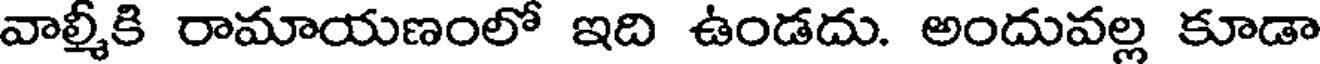
వాల్మీకి రామాయణంలో ఇది ఉండదు. అందువల్ల కూడా